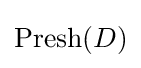
\operatorname {Presh} (D)